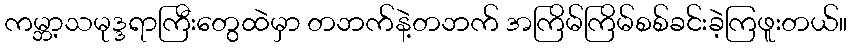
ကမ္ဘာ့သမုဒ္ဒရာကြီးတွေထဲမှာ တဘက်နဲ့တဘက် အကြိမ်ကြိမ်စစ်ခင်းခဲ့ကြဖူးတယ်။